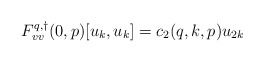
\begin{align*}F^{q,\dagger}_{vv}(0,p)[u_k,u_k] &= c_2(q,k,p) u_{2k}\end{align*}